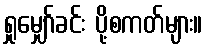
ရှုမျှော်ခင်း ပို့စကတ်များ။